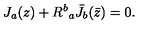
J _ { a } ( z ) + { R ^ { b } } _ { a } { \bar { J } } _ { b } ( \bar { z } ) = 0 .